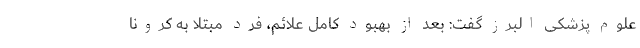
علوم پزشکی البرز گفت: بعد از بهبود کامل علائم، فرد مبتلا به کرونا